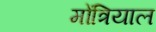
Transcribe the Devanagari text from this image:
मोंत्रियाल